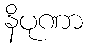
နိပုဏာ